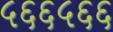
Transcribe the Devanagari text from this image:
५६६५६६